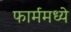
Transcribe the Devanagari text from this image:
फार्ममध्ये